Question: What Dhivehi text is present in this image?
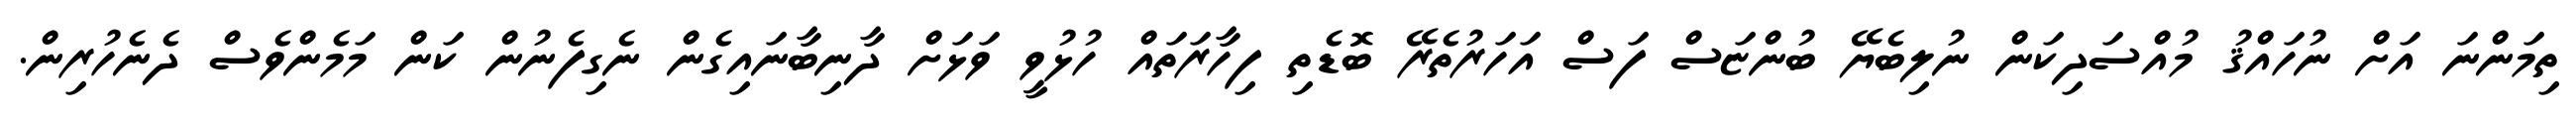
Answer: ތިމަންނަ އަށް ނުހައްޤު މުއްސަދިކަން ނުލިބެޔޭ ބުންޏަސް ފަސް އަހަރުތެރޭ ބޮޑެތި ފިހާރަތައް ހުޅުވީ ވަޅަށް ދާނިބާނައިގެން ނެގިފެނުން ކަން މަމެންވެސް ދެނެހުރިން.